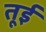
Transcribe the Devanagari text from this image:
तूई